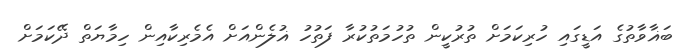
ބަޣާވާތުގެ އަޑީގައި ހުރިކަމަށް ތުރުކީން ތުހުމަތުކުރާ ފަތުހު ޣުލެންއަށް އެމެރިކާއިން ހިމާޔަތް ދޭކަމަށް